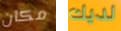
مكان لديك